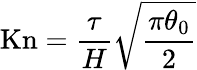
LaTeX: \mathrm{Kn}=\frac{\tau}{H}\sqrt{\frac{\pi\theta_{0}}{2}}